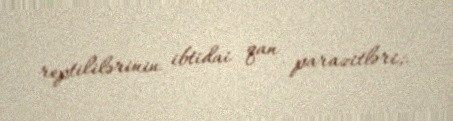
reptililərinin ibtidai qan parazitləri;.